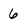
Character: 6